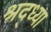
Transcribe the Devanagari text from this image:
श्रद्ध्या